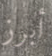
أبرز